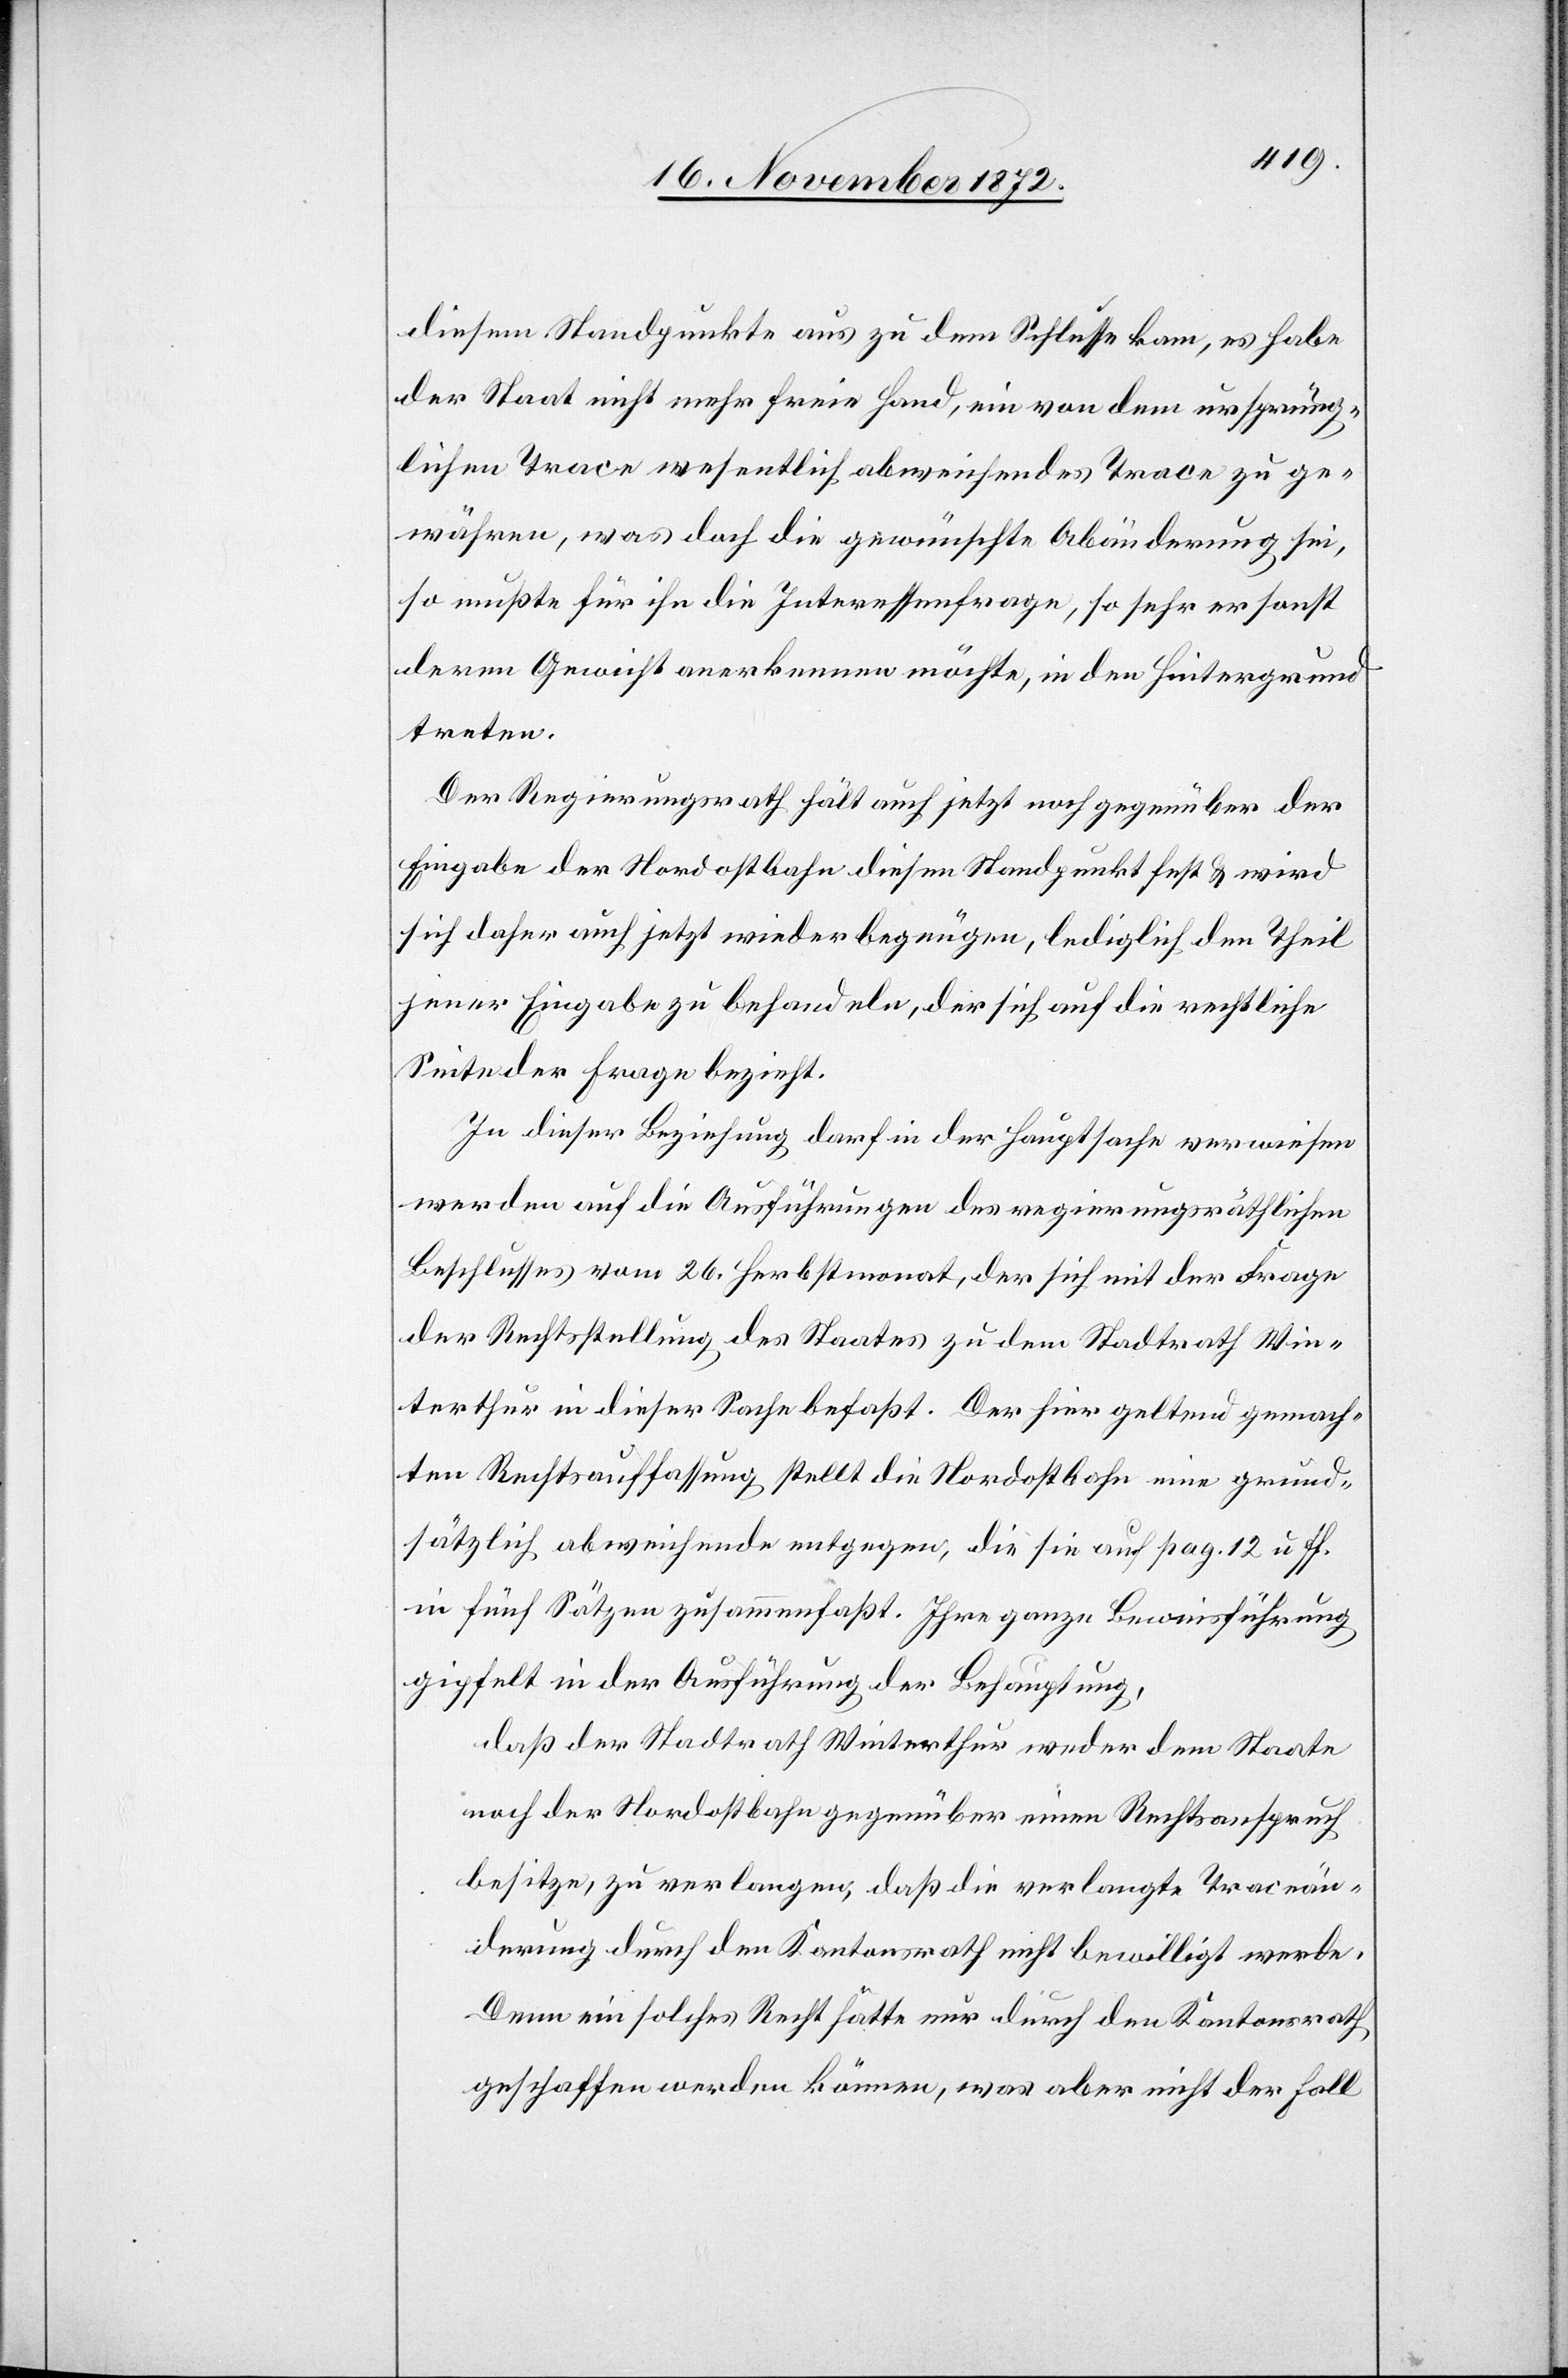
diesem Standpunkte aus zu dem Schlusse kam, es habe
der Staat nicht mehr freie Hand, ein von dem ursprüng¬
lichen Trace wesentlich abweichendes Trace zu ge¬
währen, was doch die gewünschte Abänderung sei,
so mußte für ihn die Interessenfrage, so sehr er sonst
deren Gewicht anerkennen möchte, in den Hintergrund
treten.
Der Regierungsrath hält auch jetzt noch gegenüber der
Eingabe der Nordostbahn diesen Standpunkt fest u. wird
sich daher auch jetzt wieder begnügen, lediglich den Theil
jener Eingabe zu behandeln, der sich auf die rechtliche
Seite der Frage bezieht.
In dieser Beziehung darf in der Hauptsache verwiesen
werden auf die Ausführungen des regierungsräthlichen
Beschlusses vom 26. Herbstmonat, der sich mit der Frage
der Rechtsstellung des Staates zu dem Stadtrath Win¬
terthur in dieser Sache befaßt. Der hier geltend gemach¬
ten Rechtsauffassung stellt die Nordostbahn eine grund¬
sätzlich abweichende entgegen, die sie auf pag. 12 u. ff.
in fünf Sätzen zusammenfaßt. Ihre ganze Beweisführung
gipfelt in der Ausführung der Behauptung,
daß der Stadtrath Winterthur weder dem Staate
noch der Nordostbahn gegenüber einen Rechtsanspruch
besitze, zu verlangen, das die verlangte Traceän¬
derung durch den Kantonsrath nicht bewilligt werde.
Denn ein solches Recht hätte nur durch den Kantonsrath
geschaffen werden können, was aber nicht der Fall